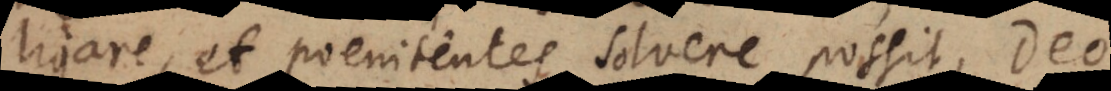
ligare, et poenitentes solvere possit, Deo